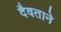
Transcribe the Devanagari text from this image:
दैवताने